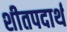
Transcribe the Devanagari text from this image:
शीतपदार्थ